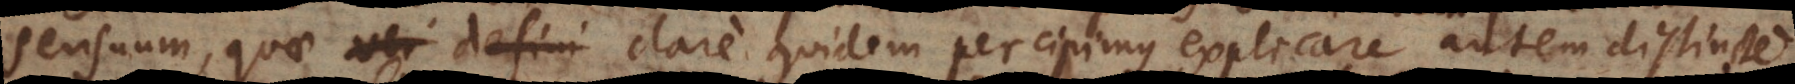
sensuum, quae ver defini clare quidem percipimus, explicare autem distincte